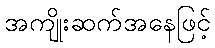
အကျိုးဆက်အနေဖြင့်